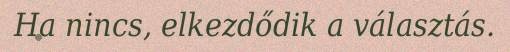
Ha nincs, elkezdődik a választás.